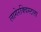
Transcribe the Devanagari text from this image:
लागेरक्विस्टला